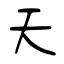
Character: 天